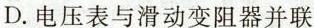
D.电压表与滑动变阻器并联